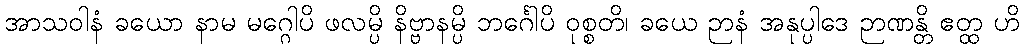
အာသဝါနံ ခယော နာမ မဂ္ဂေါပိ ဖလမ္ပိ နိဗ္ဗာနမ္ပိ ဘင်္ဂေါပိ ဝုစ္စတိ၊ ခယေ ဉာနံ အနုပ္ပါဒေ ဉာဏန္တိ ဧတ္ထ ဟိ